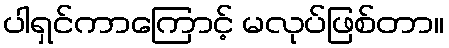
ပါရှင်ကာကြောင့် မလုပ်ဖြစ်တာ။